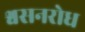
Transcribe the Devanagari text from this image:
श्वसनरोध